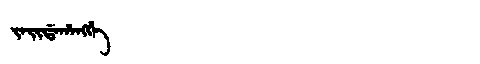
Manchu: ᠵᠠᡳᡩᠠᡥᠠᠩᡤᡝ
Romanization: JAIDAHANGGE